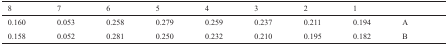
<table><thead><tr><td><b>8</b></td><td><b>7</b></td><td><b>6</b></td><td><b>5</b></td><td><b>4</b></td><td><b>3</b></td><td><b>2</b></td><td><b>1</b></td><td></td></tr></thead><tbody><tr><td>0.160</td><td>0.053</td><td>0.258</td><td>0.279</td><td>0.259</td><td>0.237</td><td>0.211</td><td>0.194</td><td>A</td></tr><tr><td>0.158</td><td>0.052</td><td>0.281</td><td>0.250</td><td>0.232</td><td>0.210</td><td>0.195</td><td>0.182</td><td>B</td></tr></tbody></table>